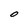
Character: O